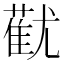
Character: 𬞓